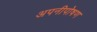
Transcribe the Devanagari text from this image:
अपनीपोषण